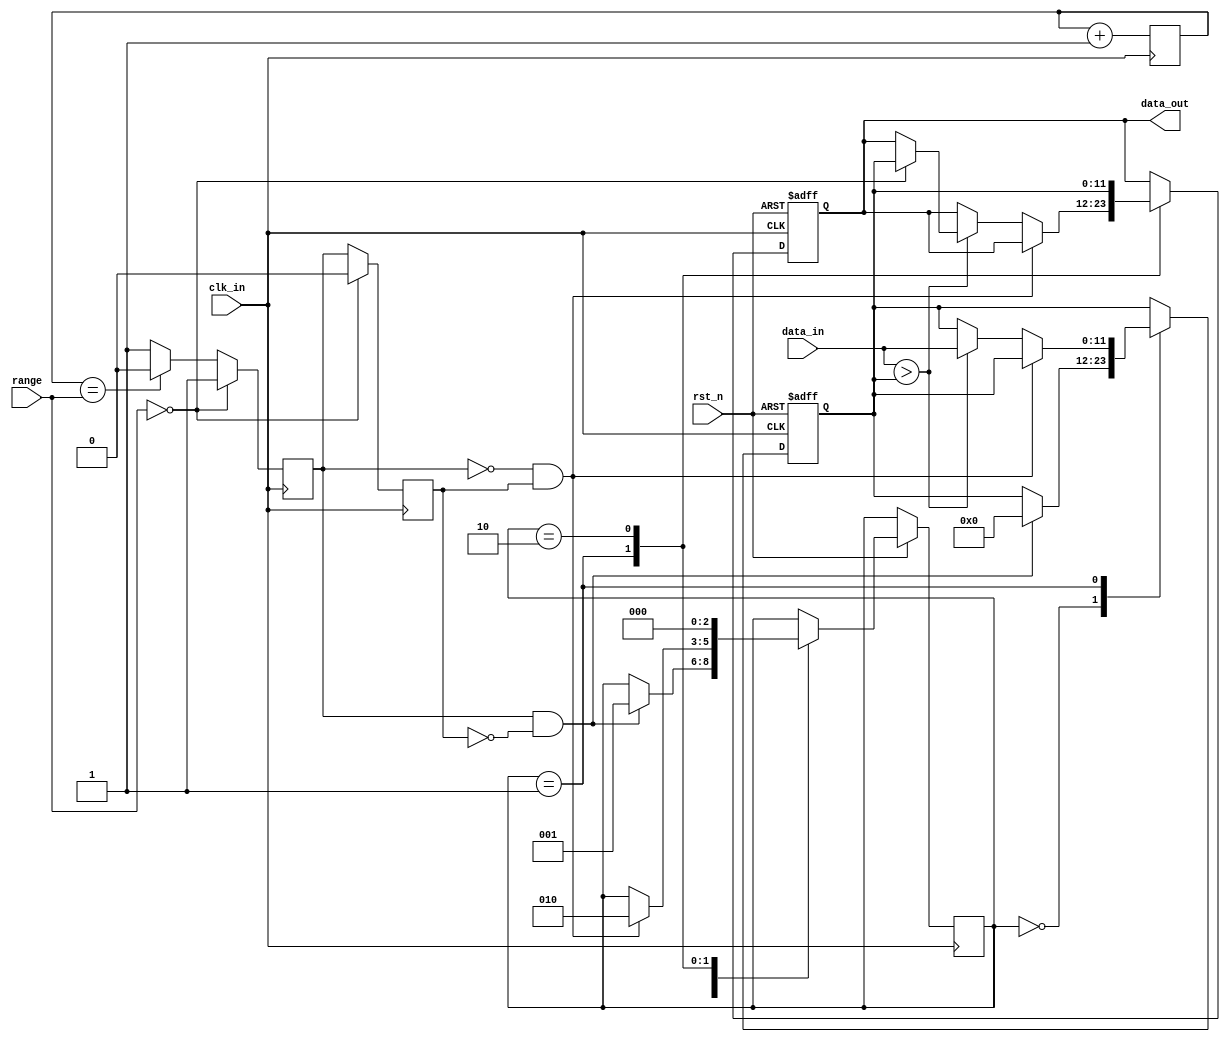
// This program was cloned from: https://github.com/Nitcloud/Digital-IDE
// License: GNU General Public License v3.0

module Max_meas #
(
	parameter         data_width      = 4'd12,
	parameter         range_width     = 4'd10
)
(
	input				  clk_in,
	input 				  rst_n,
	input          [range_width-1:0]  range,
	input  signed  [data_width - 1:0] data_in,
	output signed  [data_width - 1:0] data_out
);

localparam 		  state_output    = 3'b010;
localparam 		  state_initial   = 3'b000;
localparam 		  state_detection = 3'b001;

reg signed [data_width - 1:0] data_out_buf  = 0;
reg signed [data_width - 1:0] data_out_buf1 = 0;
reg [2:0]  state = 3'b000;
reg 	   test_sig = 1'b0;
reg 	   test_sig_buf = 1'b0;
wire 	   test_done_sig = ~test_sig & test_sig_buf;
wire 	   test_start_sig = test_sig & ~test_sig_buf;

/***************************************************/
//define the time counter
reg [range_width-1:0] cnt0 = 1;

always@(posedge clk_in)
begin
	if (range == 0)
    begin
    	test_sig <= 1'b1;
    end
    else if (cnt0 == range)      
    begin
        cnt0 <= 10'd0;                    //count done,clearing the time counter
        test_sig <= 1'd0;
    end
    else
        test_sig <= 1'd1;                   //cnt0 counter = cnt0 counter + 1
        cnt0 <= cnt0 + 1'b1; 
end
/***************************************************/



always@(posedge clk_in)
begin
	if (range == 0)
	begin
		test_sig_buf <= 1'b0;
	end
	else
	begin
		test_sig_buf <= test_sig;
	end
end

always@(posedge clk_in or negedge rst_n)
begin
	if(!rst_n)
	begin
		data_out_buf <= 0;
		data_out_buf1 <= 0;
	end
	else
	begin
		case(state)
		state_initial:begin 
			if(test_start_sig) 
			begin 
				state <= state_detection; 
				data_out_buf <= 0;
			end 
			end
		state_detection:begin 
			if(test_done_sig)
				state <= state_output;
			else
				if(data_in > data_out_buf)
				begin
					data_out_buf <= data_in;
					if (range == 0)
					begin
						data_out_buf1 <= data_out_buf;
					end
				end
			end
		state_output:begin 
			data_out_buf1 <= data_out_buf;
			state <= state_initial; 
			end
		endcase
	end
end

assign data_out=data_out_buf1;

endmodule